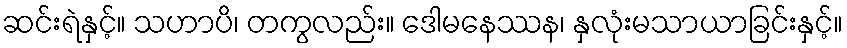
ဆင်းရဲနှင့်။ သဟာပိ၊ တကွလည်း။ ဒေါမနေဿန၊ နှလုံးမသာယာခြင်းနှင့်။